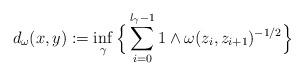
LaTeX: \begin{align*}d_\omega(x, y):= \inf\limits_\gamma\Big\{\sum_{i = 0}^{l_\gamma-1}1\land\omega(z_i, z_{i+1})^{-1/2}\Big\}\end{align*}